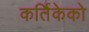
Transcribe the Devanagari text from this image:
कर्तिकेको